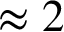
\approx 2